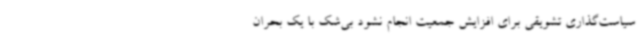
سیاست‌گذاری تشویقی برای افزایش جمعیت انجام نشود بی‌شک با یک بحران